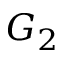
G _ { 2 }